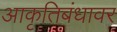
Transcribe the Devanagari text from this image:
आकृतिबंधावर